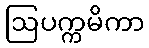
ဩပက္ကမိကာ